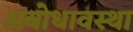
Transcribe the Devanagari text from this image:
अबोधावस्था